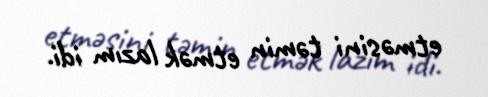
etməsini təmin etmək lazım idi.